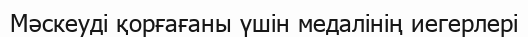
Мәскеуді қорғағаны үшін медалінің иегерлері